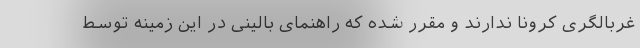
غربالگری کرونا ندارند و مقرر شده که راهنمای بالینی در این زمینه توسط